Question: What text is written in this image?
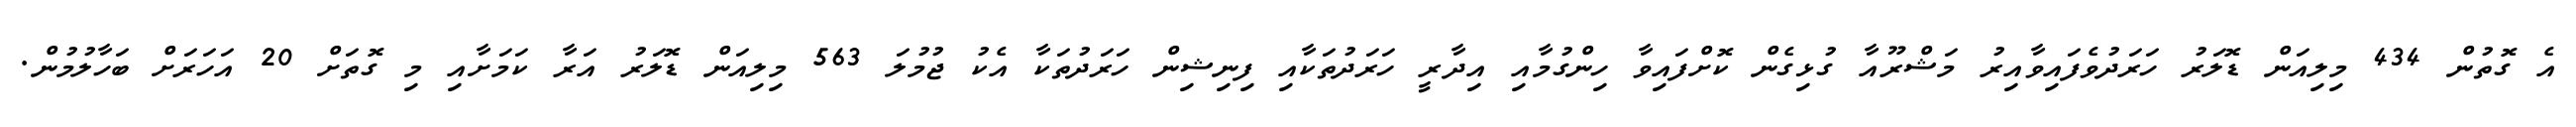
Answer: އެ ގޮތުން 434 މިލިއަން ޑޮލަރު ހަރަދުވެފައިވާއިރު މަޝްރޫއާ ގުޅިގެން ކޮށްފައިވާ ހިންގުމާއި އިދާރީ ހަރަދުތަކާއި ފިނިޝިން ހަރަދުތަކާ އެކު ޖުމުލަ 563 މިލިއަން ޑޮލަރު އަރާ ކަމަށާއި މި ގޮތަށް 20 އަހަރަށް ބަހާލުމުން.